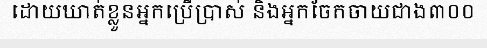
ដោយឃាត់ខ្លួនអ្នកប្រើប្រាស់ និងអ្នកចែកចាយជាង៣០០